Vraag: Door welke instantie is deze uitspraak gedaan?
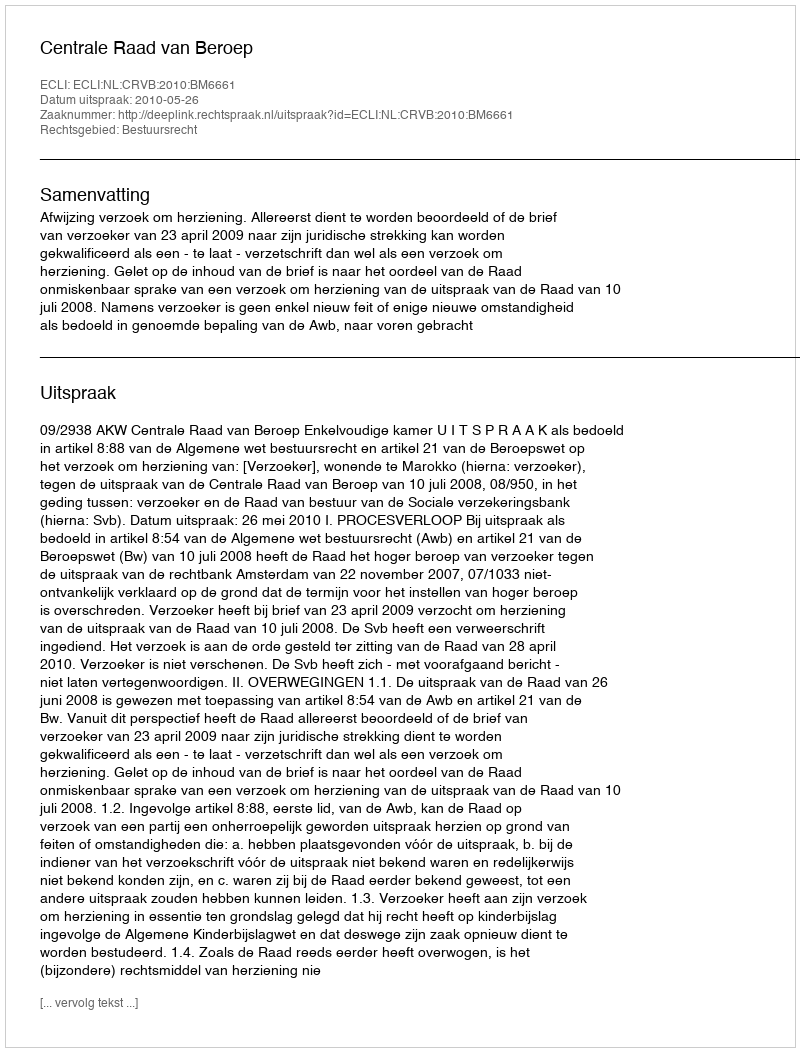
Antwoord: Centrale Raad van Beroep